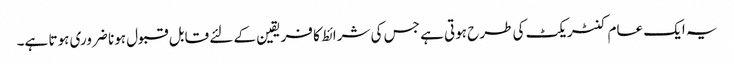
یہ ایک عام کنٹریکٹ کی طرح ہوتی ہے جس کی شرائط کا فریقین کے لئے قابل قبول ہونا ضروری ہوتا ہے۔